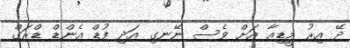
ދޭ އިރު މީޑިއާ އަށް ވެސް ނޭނގި އަދި ފުޑް އެންޑް ޑްރަގް